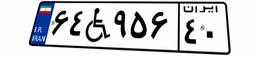
۶۴W۹۵۶۴۰